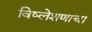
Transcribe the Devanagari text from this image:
विष्लेशणाचा